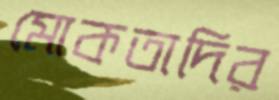
মোকতাদির